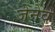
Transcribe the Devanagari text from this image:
जेनेव